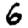
Digit: 6